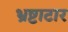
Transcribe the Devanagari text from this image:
भ्रष्टाटार